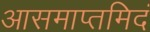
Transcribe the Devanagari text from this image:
आसमाप्तमिदं